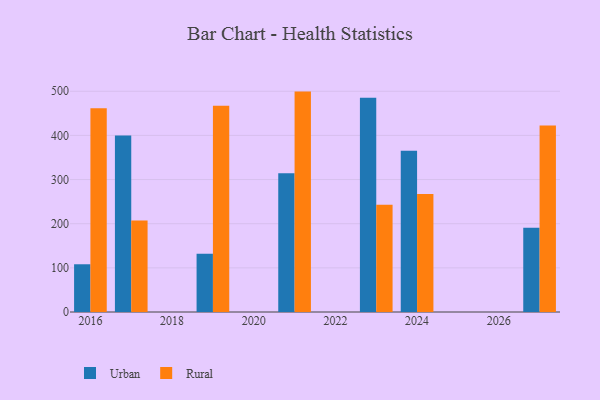
{"axis": {"x": "Year", "y": "Budget (USD K)"}, "legend": ["Rural", "Urban"], "data": [{"x": "2019", "y": 132.2, "type": "Urban"}, {"x": "2019", "y": 467.2, "type": "Rural"}, {"x": "2024", "y": 365.3, "type": "Urban"}, {"x": "2024", "y": 267.3, "type": "Rural"}, {"x": "2027", "y": 190.8, "type": "Urban"}, {"x": "2027", "y": 422.6, "type": "Rural"}, {"x": "2017", "y": 400.0, "type": "Urban"}, {"x": "2017", "y": 207.2, "type": "Rural"}, {"x": "2021", "y": 314.2, "type": "Urban"}, {"x": "2021", "y": 499.2, "type": "Rural"}, {"x": "2016", "y": 108.1, "type": "Urban"}, {"x": "2016", "y": 461.5, "type": "Rural"}, {"x": "2023", "y": 485.1, "type": "Urban"}, {"x": "2023", "y": 243.1, "type": "Rural"}]}